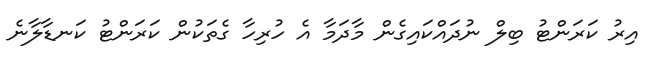
އިރު ކަރަންޓު ބިލް ނުދައްކައިގެން މާދަމާ އެ ހުރިހާ ގެތަކުން ކަރަންޓު ކަނޑާލާނެ